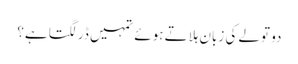
دو تولے کی زبان ہلاتے ہوئے تمہیں ڈر لگتا ہے؟